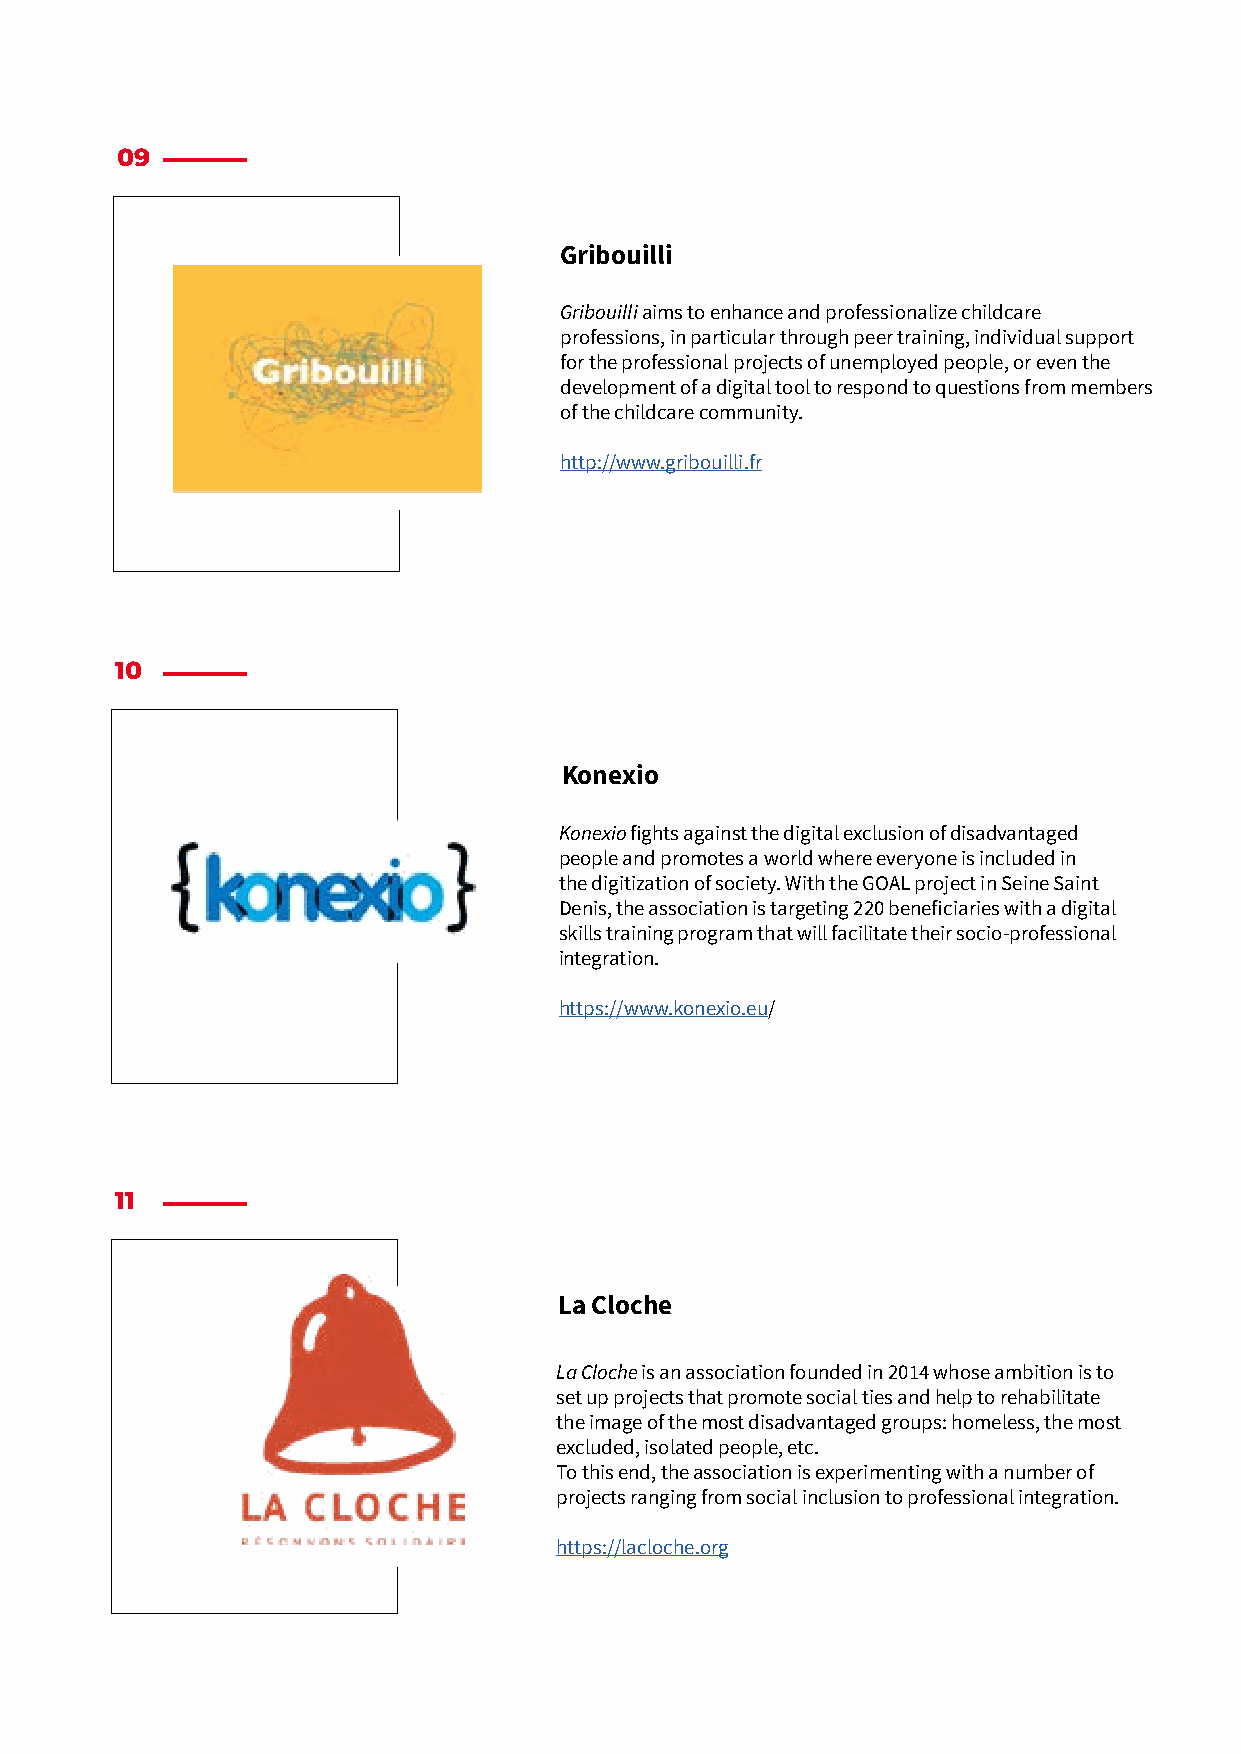
09
 Gribouilli
 Gribouilli aims to enhance and professionalize childcare
 professions, in particular through peer training, individual support
 for the professional projects of unemployed people, or even the
 development of a digital tool to respond to questions from members
 of the childcare community.
 http://www.gribouilli.fr
 10
 Konexio
 Konexio fights against the digital exclusion of disadvantaged
 people and promotes a world where everyone is included in
 the digitization of society. With the GOAL project in Seine Saint
 Denis, the association is targeting 220 beneficiaries with a digital
 skills training program that will facilitate their socio-professional
 integration.
 https://www.konexio.eu/
 11
 La Cloche
 La Cloche is an association founded in 2014 whose ambition is to
 set up projects that promote social ties and help to rehabilitate
 the image of the most disadvantaged groups: homeless, the most
 excluded, isolated people, etc.
 To this end, the association is experimenting with a number of
 projects ranging from social inclusion to professional integration.
 https://lacloche.org